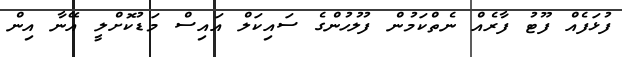
ފުޅަފެއް ފޫޓު ފާރެއް ނެތްކަމުން ފުލުހުންގެ ސައިކަލް އައިސް މަޑުކޮށްލީ އޭނާ އިން